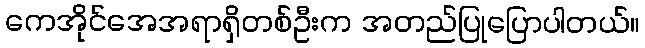
ကေအိုင်အေအရာရှိတစ်ဦးက အတည်ပြုပြောပါတယ်။